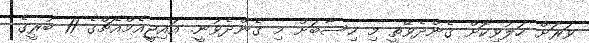
ވަރަށް ހަލުވިކޮށް ގެންދެވޭތީ މި ހިސާބަށް މި ގެންދެވުނީ. އައިޖީއެމްއެޗްގެ 11 ބުރީގެ